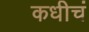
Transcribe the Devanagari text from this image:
कधीचं